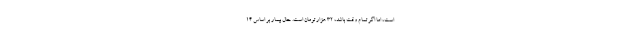
است، اما اگر تمام وقت باشد، ۳۲ هزار تومان است. حال بیمار بر اساس ۱۴